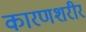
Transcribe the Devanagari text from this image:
कारणशरीर